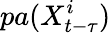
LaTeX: pa(X_{t-\tau}^{i})